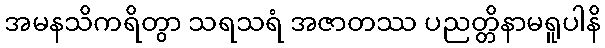
အမနသိကရိတွာ သရသရံ အဇာတဿ ပညတ္တိနာမရူပါနိ